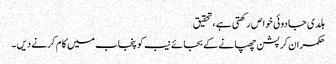
ہلدی جادوئی خوا ص رکھتی ہے ،تحقیق
حکمران کرپشن چھپانے کے بجائے نیب کو پنجاب میں کام کرنے دیں ۔